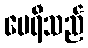
မေရီသည်